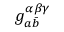
g _ { a { \bar { b } } } ^ { \alpha \beta \gamma }